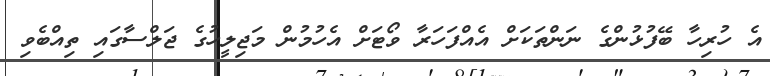
އެ ހުރިހާ ބޭފުޅުންގެ ނަންތަކަށް އެއްފަހަރާ ވޯޓަށް އެހުމުން މަޖިލީހުގެ ޖަލްސާގައި ތިއްބެވި